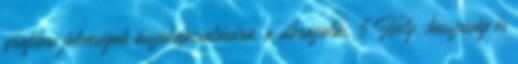
grafikus jelenségek összekapcsolására, a ábrázolás, 5 Hely, hosszúság és